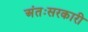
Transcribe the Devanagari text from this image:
अंतःसरकारी